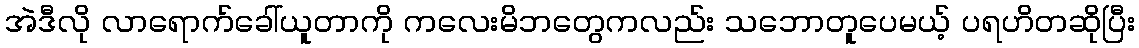
အဲဒီလို လာရောက်ခေါ်ယူတာကို ကလေးမိဘတွေကလည်း သဘောတူပေမယ့် ပရဟိတဆိုပြီး